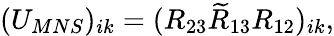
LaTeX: (U_{MNS})_{ik}=(R_{23}\widetilde{R}_{13}R_{12})_{ik},